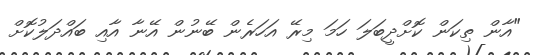
"އާން ތިކަން ކޮށްދީބަލަ ހަމަ މިރޭ އަހަރެން ބޭނުން އޭނާ އާއި ބައްދަލުކޮށް